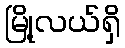
မြို့လယ်ရှိ